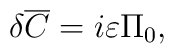
\delta {\overline C} =  i\varepsilon  \Pi _0,